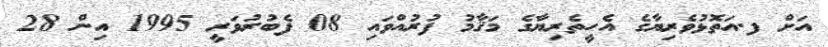
އަށް ފ.އަތޮޅުވެރިޔާގެ އެހީތެރިޔާގެ މަޤާމު ފުރުއްވައި 08 ފެބުރުވަރީ 1995 އިން 28